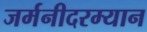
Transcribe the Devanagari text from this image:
जर्मनीदरम्यान